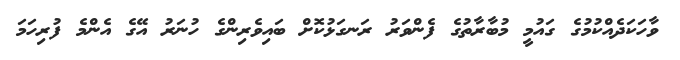
ވާހަކަދެއްކުމުގެ ގައުމީ މުބާރާތުގެ ފެންވަރު ރަނގަޅުކޮށް ބައިވެރިންގެ ހުނަރު އޭގެ އެންމެ ފުރިހަމަ